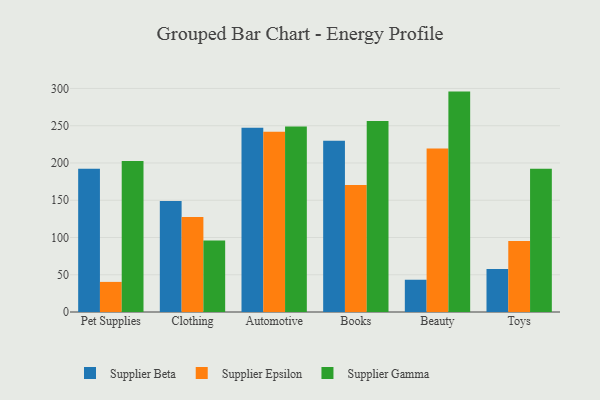
{"axis": {"x": "Category", "y": "Active Users"}, "legend": ["Supplier Beta", "Supplier Epsilon", "Supplier Gamma"], "data": [{"x": "Pet Supplies", "y": 192.3, "type": "Supplier Beta"}, {"x": "Pet Supplies", "y": 40.4, "type": "Supplier Epsilon"}, {"x": "Pet Supplies", "y": 202.8, "type": "Supplier Gamma"}, {"x": "Clothing", "y": 149.1, "type": "Supplier Beta"}, {"x": "Clothing", "y": 127.6, "type": "Supplier Epsilon"}, {"x": "Clothing", "y": 95.9, "type": "Supplier Gamma"}, {"x": "Automotive", "y": 247.2, "type": "Supplier Beta"}, {"x": "Automotive", "y": 241.8, "type": "Supplier Epsilon"}, {"x": "Automotive", "y": 249.1, "type": "Supplier Gamma"}, {"x": "Books", "y": 229.9, "type": "Supplier Beta"}, {"x": "Books", "y": 170.6, "type": "Supplier Epsilon"}, {"x": "Books", "y": 256.4, "type": "Supplier Gamma"}, {"x": "Beauty", "y": 43.3, "type": "Supplier Beta"}, {"x": "Beauty", "y": 219.6, "type": "Supplier Epsilon"}, {"x": "Beauty", "y": 295.8, "type": "Supplier Gamma"}, {"x": "Toys", "y": 57.8, "type": "Supplier Beta"}, {"x": "Toys", "y": 95.3, "type": "Supplier Epsilon"}, {"x": "Toys", "y": 192.3, "type": "Supplier Gamma"}]}